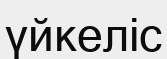
үйкеліс